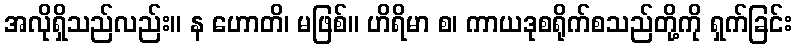
အလိုရှိသည်လည်း။ န ဟောတိ၊ မဖြစ်။ ဟိရိမာ စ၊ ကာယဒုစရိုက်စသည်တို့ကို ရှက်ခြင်း